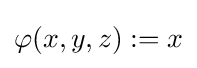
\varphi (x,y,z):=x